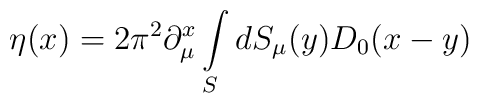
\eta(x)=2\pi^2\partial_\mu^x\int\limits_{S}^{} dS_\mu(y)D_0(x-y)